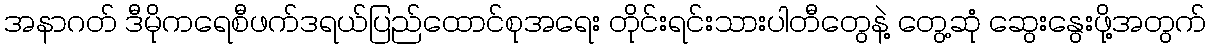
အနာဂတ် ဒီမိုကရေစီဖက်ဒရယ်ပြည်ထောင်စုအရေး တိုင်းရင်းသားပါတီတွေနဲ့ တွေ့ဆုံ ဆွေးနွေးဖို့အတွက်